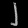
Digit: ၂